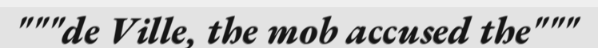
"""de Ville, the mob accused the"""